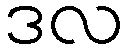
ဒလ